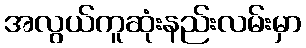
အလွယ်ကူဆုံးနည်းလမ်းမှာ